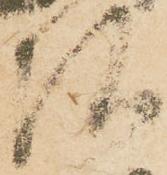
弘